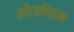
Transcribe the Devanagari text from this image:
ओसीएम